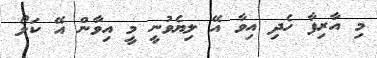
މި އާރިފާ ހެދި އިވާ އޭ ލިޔެވުނީ މީ އިވާން އޭ ކަލޯ